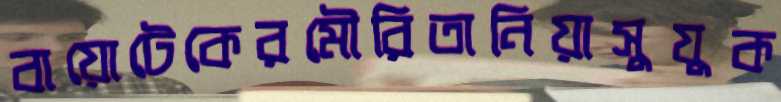
বায়োটেকেরমৌরিতানিয়াসুযুক